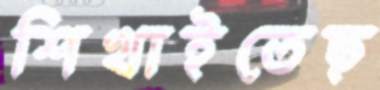
শিখাইতেছ